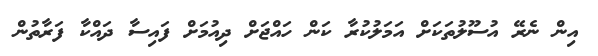
އިން ނެރޭ އުސޫލުތަކަށް އަމަލުކުރާ ކަން ހައްޖަށް ދިއުމަށް ފައިސާ ދައްކާ ފަރާތުން